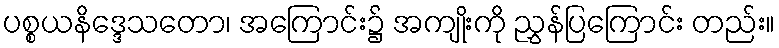
ပစ္စယနိဒ္ဒေသတော၊ အကြောင်း၌ အကျိုးကို ညွှန်ပြကြောင်း တည်း။